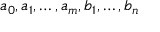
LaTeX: a _ { 0 } , a _ { 1 } , \dots , a _ { m } , b _ { 1 } , \dots , b _ { n }